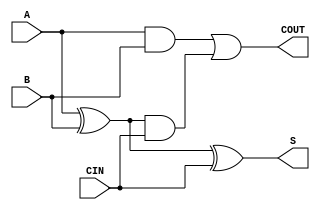
module FullAdder1b (
    input A, B, CIN,
    output S, COUT
);
wire W1, W2, W3;

    xor U1 (W1, A, B);
    xor U2 (S, W1, CIN);
    and U3 (W2, A, B);
    and U4 (W3, W1, CIN);
    or U5 (COUT, W2, W3);

endmodule